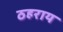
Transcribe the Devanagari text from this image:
ठहराय